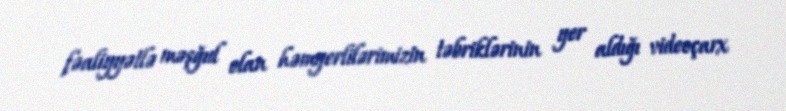
fəaliyyətlə məşğul olan həmyerlilərimizin təbriklərinin yer aldığı videoçarx